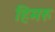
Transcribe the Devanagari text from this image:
हिमरु